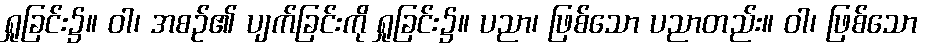
ရှုခြင်း၌။ ဝါ၊ အစဉ်၏ ပျက်ခြင်းကို ရှုခြင်း၌။ ပညာ၊ ဖြစ်သော ပညာတည်း။ ဝါ၊ ဖြစ်သော